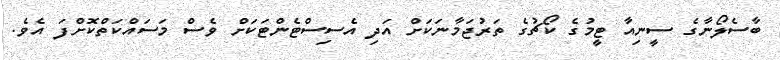
ބާސެލޯނާގެ ސީނިއާ ޓީމުގެ ކޯޗުގެ ތަރުޖަމާނަކަށް އަދި އެސިސްޓެންޓަކަށް ވެސް މަސައްކަތްކޮށްފަ އެވެ.